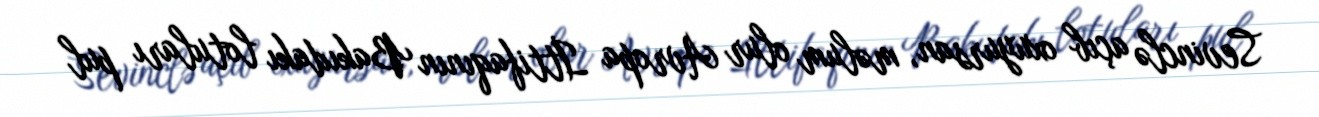
Sevinclə açıb oxuyursan, məlum olur Avropa İttifaqının Bakıdakı lotuları pul